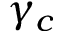
\gamma _ { c }